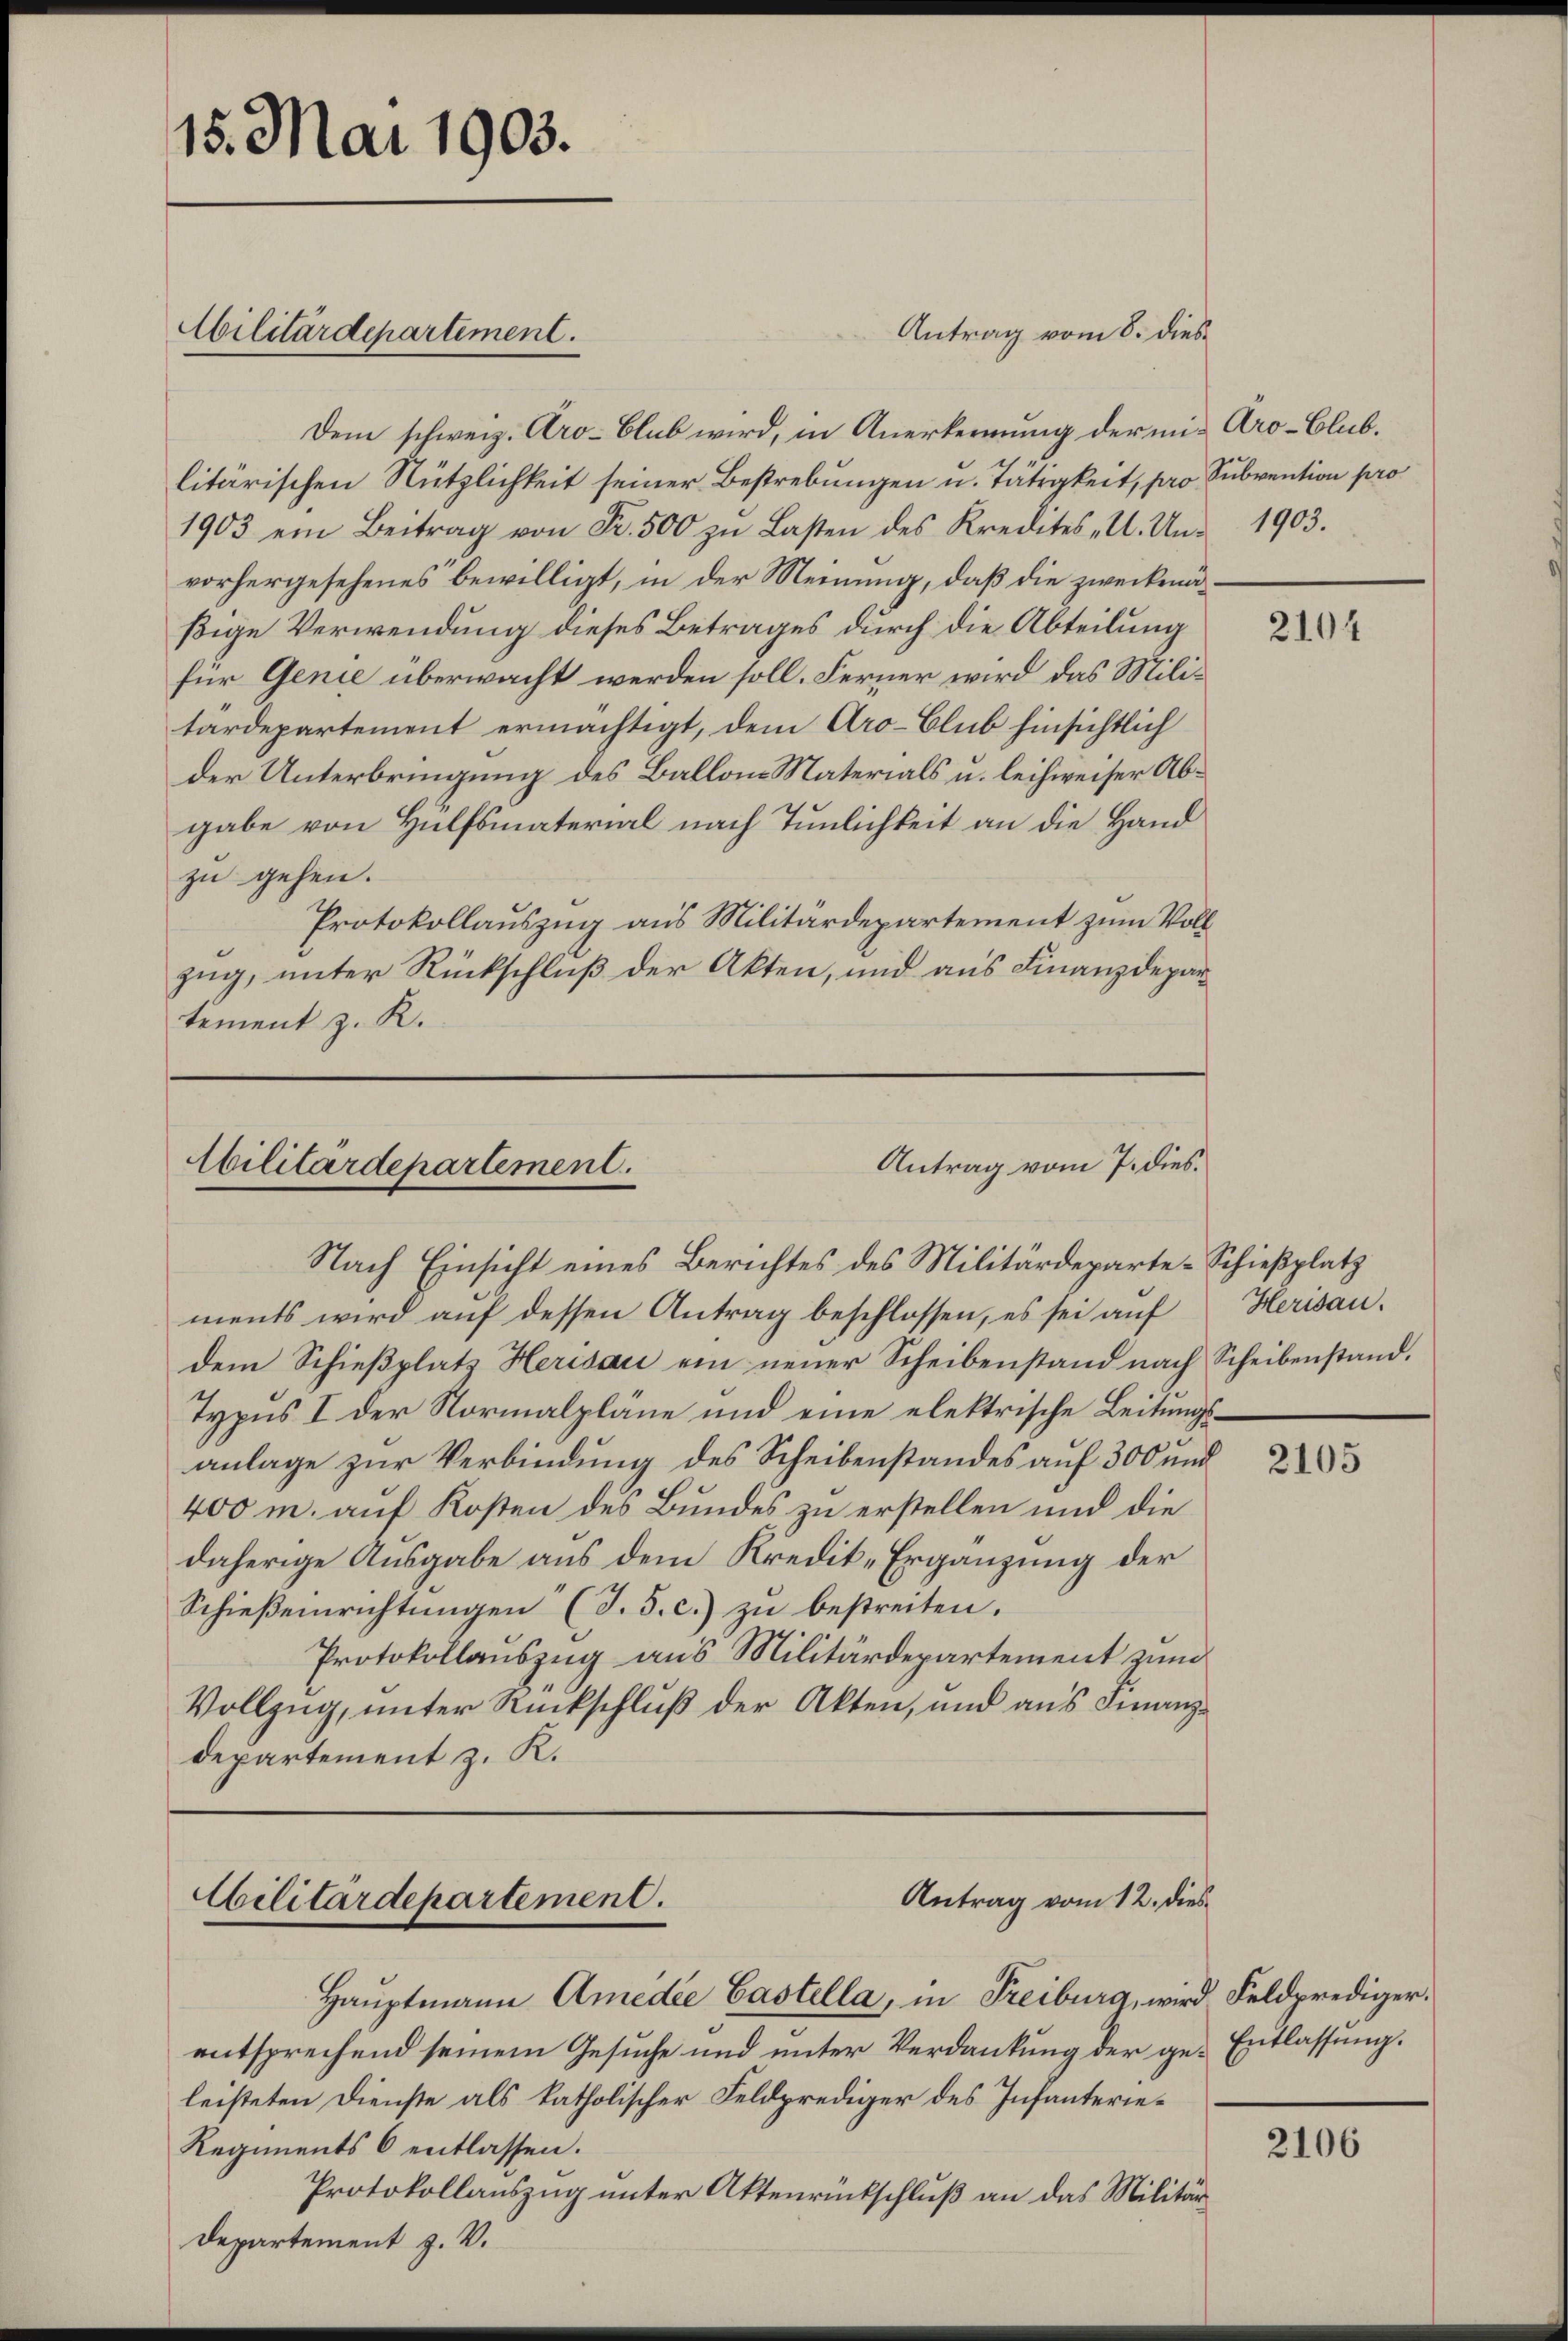
15. Mai 1903.

Militärdepartement.

Dem schweiz. Aro-Club wird, in Anerkennung der mit Aro-Clublitärischen Nützlichkeit seiner Bestrebungen u. Tätigkeit, pro Subvention pro
1903 ein Beitrag von Fr. 500 zŭ Lasten des Kredites - U. Un- 1903.
vorhergesehenes bewilligt, in der Meinung, daß die zweckmäßige Verwendung dieses Betrages durch die Abteilung
für Genie überwacht werden soll. Ferner wird das Militardepartement ermächtigt, dem Aro-Blub hinsichtlich
der Unterbringung des Ballon Materials u. leihweiser Abgabe von Hülfsmaterial nach Tunlichkeit an die Hand
zu gehen.
Protokollauszug aus Militärdepartement zum Vollzug, unter Rückschluß der Akten, und aus Finanzdepartement z. R.

Antrag vom 7. dies
Abilitärdepartement.

Cilitärdepartement.

Antrag vom 8. dies

Antrag vom 12. dies

Nach Einsicht eines Berichtes des Militärdeparte-Schießplatz
ments wird auf dessen Antrag beschlossen, es sei auf
dem Schießplatz Herisau ein neuer Scheibenstand nach Scheibenstand.
Typus I der Normalpläne und eine elektrische Leitungsanlage zur Verbindung des Scheibenstandes auf 300 und
400 m. auf Kosten des Bundes zu erstellen und die
daherige Ausgabe aus dem Kredit-Ergänzung der
Schieβenrichtungen (T. S. c.) zu bestreiten.
Protokollauszug aus Militärdepartement zum
Vollzug, unter Rückschluß der Akten, und aus Finanz¬
Departement z. K.

Haŭptmann Amedie Castella, in Freiburg, wird Feldprediger.
entsprechend seinem Gesuche und unter Verdankung der geleisteten Dienste als katholischer Feldprediger des Infanterie¬
Regiments 6 entlassen.
Protokollauszug unter Aktenrückschluß an das Militär¬
Departement z. V.

2104

Herisau.

2105

Entlassung.

2106